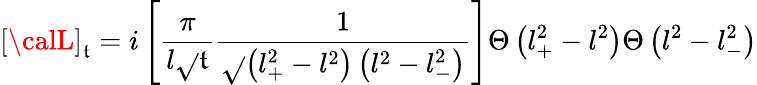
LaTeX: \left[{\calL}\right]_{\mathfrak{t}}=i\left[\frac{{\pi}}{{l\sqrt{}{{\mathfrak{t}}}}}\frac{{1}}{{\sqrt{}{{\left(l_{+}^{2}-l^{2}\right)\left(l^{2}-l_{-}^{2}\right)}}}}\right]\Theta\left(l_{+}^{2}-l^{2}\right)\Theta\left(l^{2}-l_{-}^{2}\right)